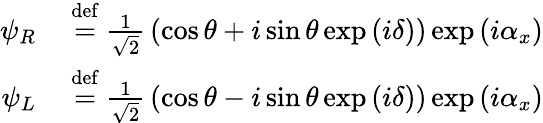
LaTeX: \begin{array}{rl}{\psi_{R}~}&{{}{\stackrel{\mathrm{def}}{=}}~{\frac{1}{\sqrt{2}}}\left(\cos\theta+i\sin\theta\exp\left(i\delta\right)\right)\exp\left(i\alpha_{x}\right)}\\ {\psi_{L}~}&{{}{\stackrel{\mathrm{def}}{=}}~{\frac{1}{\sqrt{2}}}\left(\cos\theta-i\sin\theta\exp\left(i\delta\right)\right)\exp\left(i\alpha_{x}\right)}\end{array}